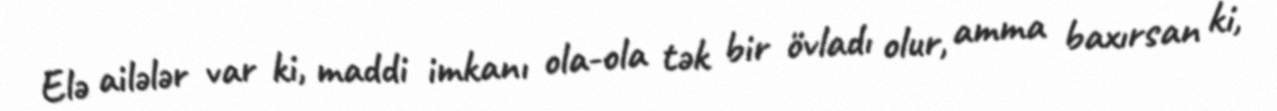
Elə ailələr var ki, maddi imkanı ola-ola tək bir övladı olur, amma baxırsan ki,